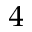
^ 4